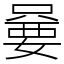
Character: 嘦